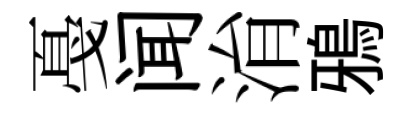
戞闻㳙鴉